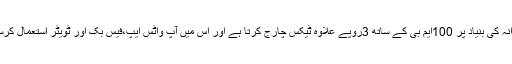
وارد روزانہ کی بنیاد پر 100ایم بی کے ساتھ 3روپے علاوہ ٹیکس چارج کرتا ہے اور اس میں آپ واٹس ایپ،فیس بک اور ٹویٹر استعمال کرسکتے ہیں۔